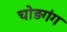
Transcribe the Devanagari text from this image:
चोड़गंग